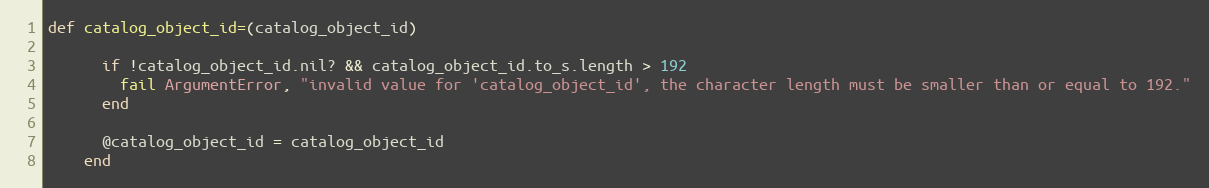
Language: Ruby
def catalog_object_id=(catalog_object_id)

      if !catalog_object_id.nil? && catalog_object_id.to_s.length > 192
        fail ArgumentError, "invalid value for 'catalog_object_id', the character length must be smaller than or equal to 192."
      end

      @catalog_object_id = catalog_object_id
    end